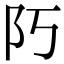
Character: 𨸑